Investigations into the jail dietaries of the United Provinces with some observations on the influence of dietary on the physical development and well-being of the people of the United Provinces - Number 48
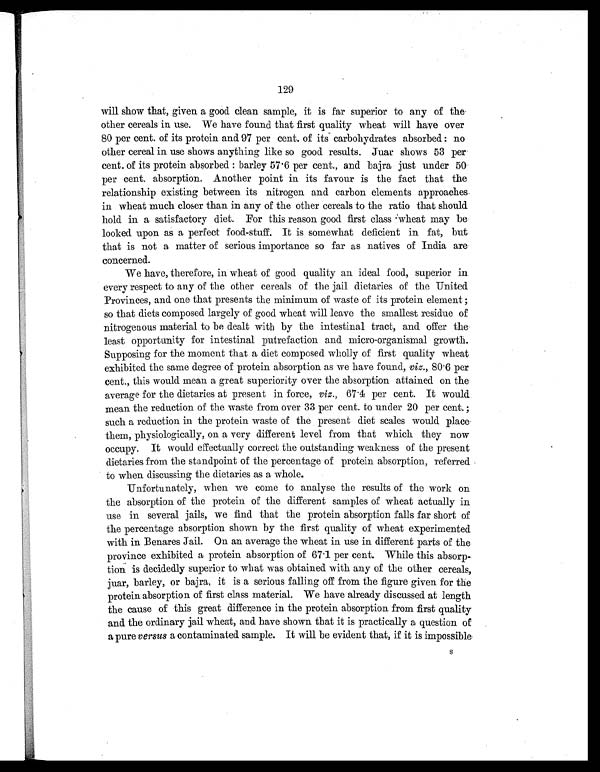
129
will show that, given a good clean sample, it is far superior to any of the
other cereals in use. We have found that first quality wheat will have over
80 per cent. of its protein and 97 per cent. of its carbohydrates absorbed: no
other cereal in use shows anything like so good results. Juar shows 53 per
cent. of its protein absorbed: barley 57.6 per cent., and bajra just under 50
per cent. absorption. Another point in its favour is the fact that the
relationship existing between its nitrogen and carbon elements approaches
in wheat much closer than in any of the other cereals to the ratio that should
hold in a satisfactory diet. For this reason good first class wheat may be
looked upon as a perfect food-stuff. It is somewhat deficient in fat, but
that is not a matter of serious importance so far as natives of India are
concerned.
We have, therefore, in wheat of good quality an ideal food, superior in
every respect to any of the other cereals of the jail dietaries of the United
Provinces, and one that presents the minimum of waste of its protein element;
so that diets composed largely of good wheat will leave the smallest residue of
nitrogenous material to be dealt with by the intestinal tract, and offer the
least opportunity for intestinal putrefaction and micro-organismal growth.
Supposing for the moment that a diet composed wholly of first quality wheat
exhibited the same degree of protein absorption as we have found, viz., 80.6 per
cent., this would mean a great superiority over the absorption attained on the
average for the dietaries at present in force, viz., 67.4 per cent. It would
mean the reduction of the waste from over 33 per cent. to under 20 per cent.;
such a reduction in the protein waste of the present diet scales would place
them, physiologically, on a very different level from that which they now
occupy. It would effectually correct the outstanding weakness of the present
dietaries from the standpoint of the percentage of protein absorption, referred
to when discussing the dietaries as a whole.
Unfortunately, when we come to analyse the results of the work on
the absorption of the protein of the different samples of wheat actually in
use in several jails, we find that the protein absorption falls far short of
the percentage absorption shown by the first quality of wheat experimented
with in Benares Jail. On an average the wheat in use in different parts of the
province exhibited a protein absorption of 67.1 per cent. While this absorp-
tion is decidedly superior to what was obtained with any of the other cereals,
juar, barley, or bajra, it is a serious falling off from the figure given for the
protein absorption of first class material. We have already discussed at length
the cause of this great difference in the protein absorption from first quality
and the ordinary jail wheat, and have shown that it is practically a question of
a pure versus a contaminated sample. It will be evident that, if it is impossible
S